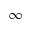
\infty